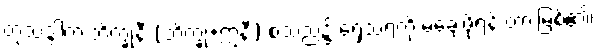
တုသဒ္ဒါက ဘိက္ခုနီ (ဘိက္ခု+ဣနီ) စသည်၌ ရှေ့သရကို မချေဖို့ရန် တားမြစ်၏၊